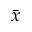
\bar { x }